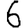
Digit: 6